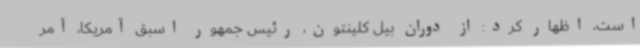
است، اظهار کرد: از دوران بیل کلینتون، رئیس جمهور اسبق آمریکا، آمر